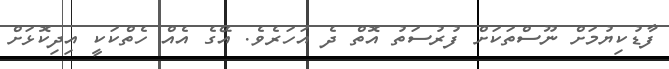
ފާޑުކިޔުމަށް ނޫސްތަކަށް ފުރުސަތު އޮތް ދެ އަހަރެވެ. އޭގެ އެއް ހެތްކަކީ އިދިކޮޅަށް